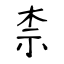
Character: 柰